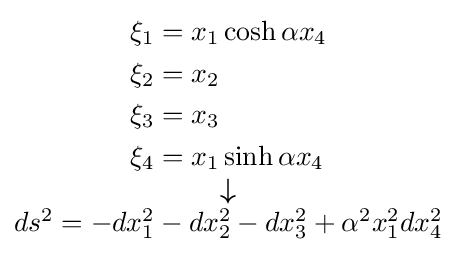
\scriptstyle {\begin{matrix}{\begin{aligned}\xi _{1}&=x_{1}\cosh \alpha x_{4}\\\xi _{2}&=x_{2}\\\xi _{3}&=x_{3}\\\xi _{4}&=x_{1}\sinh \alpha x_{4}\end{aligned}}\\{\boldsymbol {\downarrow }}\\ds^{2}=-dx_{1}^{2}-dx_{2}^{2}-dx_{3}^{2}+\alpha {}^{2}x_{1}^{2}dx_{4}^{2}\end{matrix}}